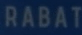
RABAT